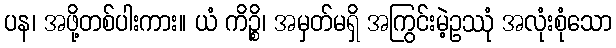
ပန၊ အဖို့တစ်ပါးကား။ ယံ ကိဉ္စိ၊ အမှတ်မရှိ အကြွင်းမဲ့ဥဿုံ အလုံးစုံသော